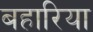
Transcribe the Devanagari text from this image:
बहारिया